Vabadussoja_Ajaloo_Komitee, lk 12
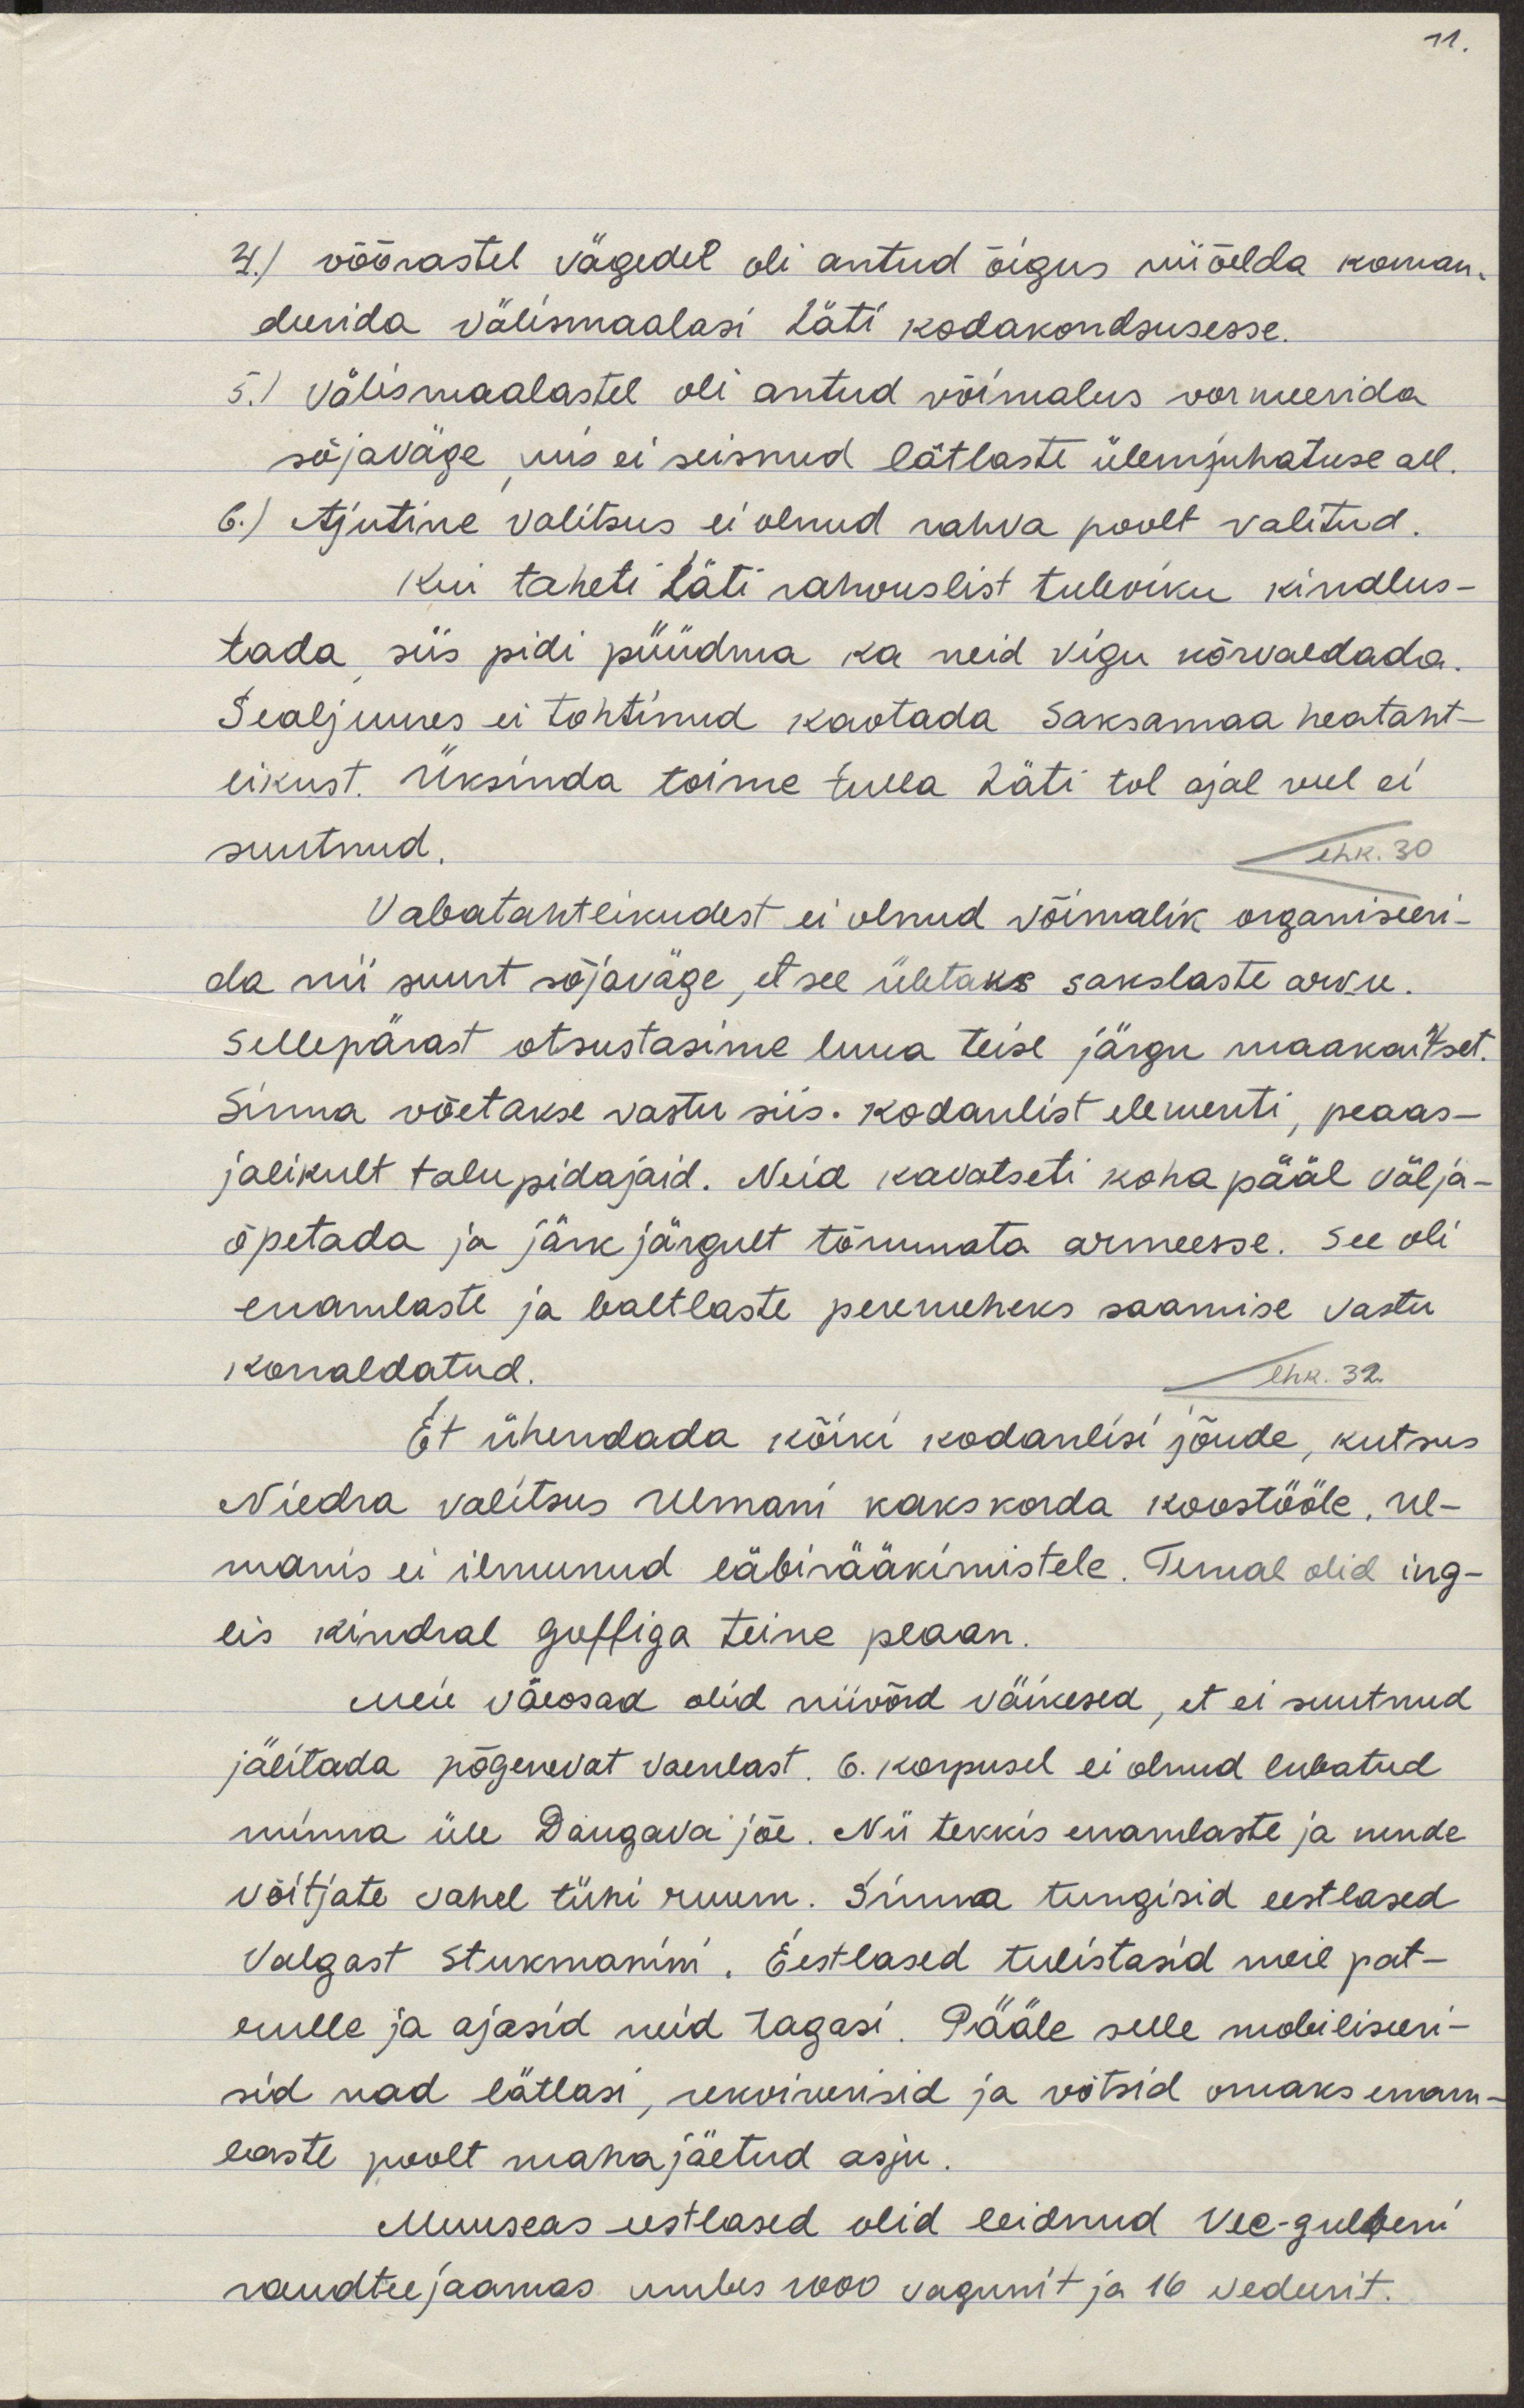
4) võõrastel vägedel oli antud õigus niiöelda koman-
deerida välismaalasi Läti kodakondsusesse.
5) Välismaalastel oli antud võimalus vormeerida
sõjaväge, mis ei seisnud lätlaste ülemjuhatuse all.
6) Ajutine Valitsus ei olnud rahva poolt valitud.
Kui taheti Läti rahvuslist tuleviku kindlus-
tada, siis pidi püüdma ka neid vigu kõrvaldada.
Sealjuures ei tohtinud kaotada Saksamaa heataht-
likust. Üksinda toime tulla Läti tol ajal veel ei
suutnud.
Vabatahtlikudest ei olnud võimalik organiseeri-
da nii suurt sõjaväge, et see ületaks sakslaste arvu.
Sellepärast otsustasime luua teise järgu maakaitset.
Sinna võetakse vastu siis. Kodanlist elementi, peaas-
jalikult talupidajaid. Neid kavatseti koha pääl välja-
õpetada ja järk järgult tõmmata armeesse. See oli
enamlaste ja baltlaste peremeheks saamise vastu
korraldatud.
Et ühendada kõiki kodanlisi jõude, kutsus
Niedra valitsus Ulmani kaks korda koostööle. Ul-
manis ei ilmunud läbirääkimistele. Temal olid ing-
lise kindral Guffiga teine plaan.
Meie väeosad olid niivõrd väikesed, et ei suutnud
jälitada põgenevat vaenlast. 6. korpusel ei olnud lubatud
minna üle Daugava jõe. Nii tekkis enamlaste ja nende
võitjate vahel tühi ruum. Sinna tungisid eestlased
Valgast Stukmanini. Eestlased tulistasid meie pat-
rulle ja ajasid neid tagasi. Pääle selle mobiliseeri-
sid nad lätlasi, rekvireerisid ja võtsid omaks enam-
laste poolt mahajäetud asju.
Muuseas eestlased olid leidnud Vec-gulbeni 
raudteejaamas umbes 1000 vagunit ja 16 vedurit.